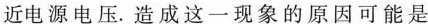
近电源电压。造成这一现象的原因可能是